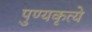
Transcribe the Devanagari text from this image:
पुण्यकृत्ये